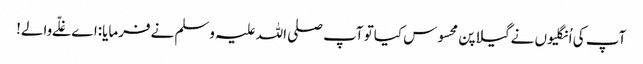
آپ کی اُنگلیوں نےگیلاپن محسوس کیاتو آپ صلی اللہ علیہ وسلم نےفرمایا:اےغلّےوالے!